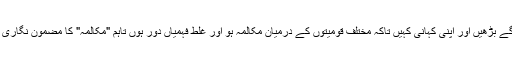
یہ مضمون ہم اس نیت سے چھاپ رہے ہیں کہ ہمارے بلوچ دوست آگے بڑھیں اور اپنی کہانی کہیں تاکہ مختلف قومیتوں کے درمیان مکالمہ ہو اور غلط فہمیاں دور ہوں تاہم "مکالمہ" کا مضمون نگاری کی رائے اور دئیے گئے اعداد و شمار سے متفق ہونا ضروری نہیں۔